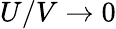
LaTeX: U/V\rightarrow 0